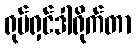
ရုပ်ရှင်ဒါရိုက်တာ